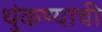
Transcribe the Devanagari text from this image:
थुंकण्याची